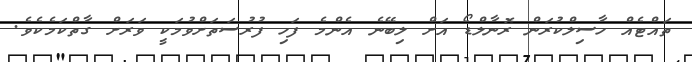
ތައްޓެއް ހާސިލްކުރަން ރޮނާލްޑޯ އަށް ލިބޭނެ އެންމެ ފަހި ފުރުސަތަށްވުމަކީ ވަރަށް ގާތްކަމެކެވެ.